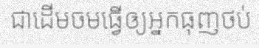
ជាដើមចមធ្វើឲ្យអ្នកធុញថប់